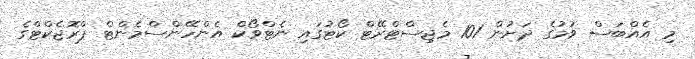
މި އެއްބަސް ވުމުގެ ދަށުން 101 މެޖިސްޓްރޭޓް ކޯޓުގައި ނެޓްވޯކް އެންހޭންސްމެންޓް ޕްރޮޖެކްޓްގެ